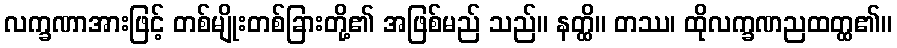
လက္ခဏာအားဖြင့် တစ်မျိုးတစ်ခြားတို့၏ အဖြစ်မည် သည်။ နတ္ထိ။ တဿ၊ ထိုလက္ခဏညထတ္ထ၏။